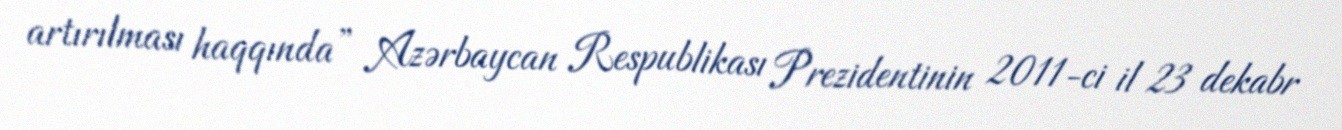
artırılması haqqında” Azərbaycan Respublikası Prezidentinin 2011-ci il 23 dekabr